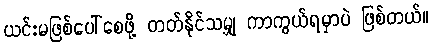
ယင်းမဖြစ်ပေါ်စေဖို့ တတ်နိုင်သမျှ ကာကွယ်ရမှာပဲ ဖြစ်တယ်။